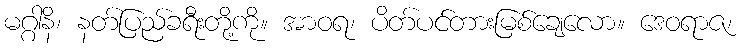
မဂ္ဂါနိ၊ နတ်ပြည်ခရီးတို့ကို။ အာဝရ၊ ပိတ်ပင်တားမြစ်ချေလော။ ဒေဝရာဇ၊